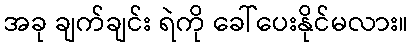
အခု ချက်ချင်း ရဲကို ခေါ်ပေးနိုင်မလား။